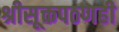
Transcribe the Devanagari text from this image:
श्रीसूक्तपठणही